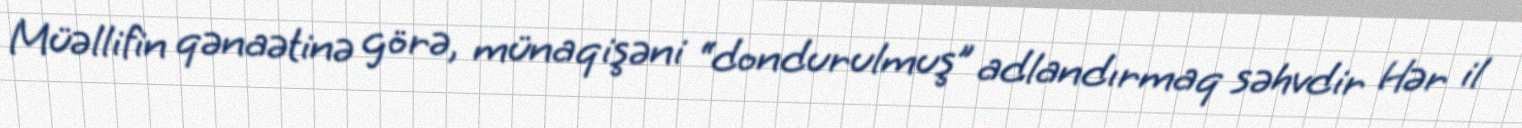
Müəllifin qənaətinə görə, münaqişəni “dondurulmuş” adlandırmaq səhvdir Hər il